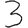
Digit: 3